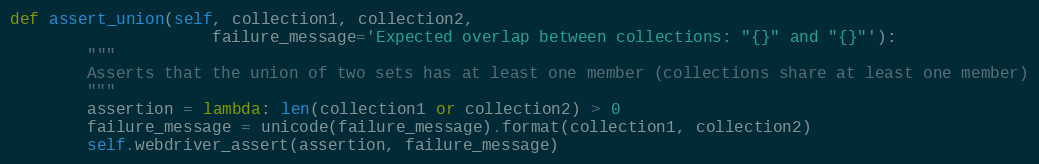
Language: Python
def assert_union(self, collection1, collection2,
                     failure_message='Expected overlap between collections: "{}" and "{}"'):
        """
        Asserts that the union of two sets has at least one member (collections share at least one member)
        """
        assertion = lambda: len(collection1 or collection2) > 0
        failure_message = unicode(failure_message).format(collection1, collection2)
        self.webdriver_assert(assertion, failure_message)